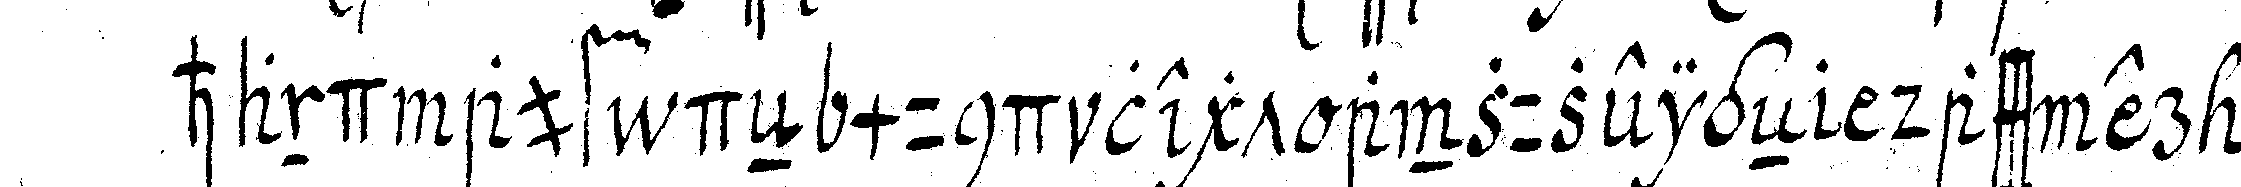
hand auf deN mund legt anzuzeigeN dass er